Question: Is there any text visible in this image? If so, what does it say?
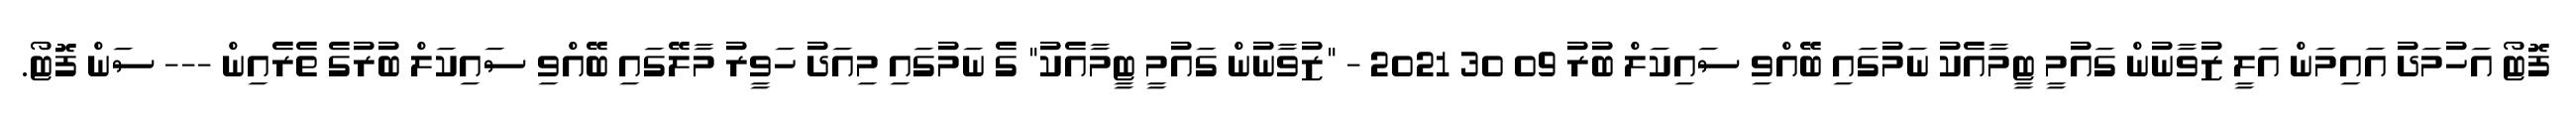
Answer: ފޮޓޯ އަހުމަދު އައިމަން އަލީ ޒުވާނުން ގައުމީ ޓީމާއެކު ނަމުގައި ބޭއްވި ސައިކަލް ބުރު 09 30 2021 - "ޒުވާނުން ގައުމީ ޓީމާއެކު" ގެ ނަމުގައި މިއަދު ހަވީރު މާލޭގައި ބޭއްވި ސައިކަލް ބުރުގެ ތެރެއިން --- ސަން ފޮޓޯ.